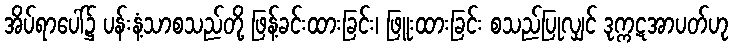
အိပ်ရာပေါ်၌ ပန်းနံ့သာစသည်တို့ ဖြန့်ခင်းထားခြင်း၊ ဖြူးထားခြင်း စသည်ပြုလျှင် ဒုက္ကဋအာပတ်ဟု